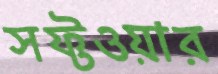
সফ্টওয়ার